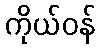
ကိုယ်ဝန်